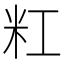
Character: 䉺